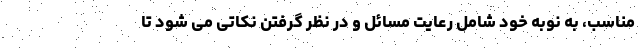
مناسب، به نوبه خود شامل رعایت مسائل و در نظر گرفتن نکاتی می شود تا